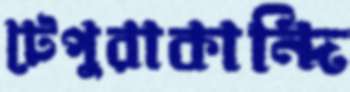
টেপুরাকান্দি